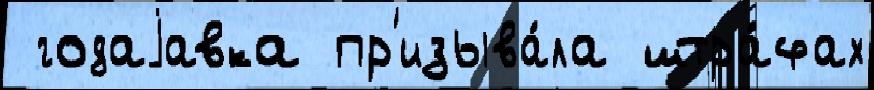
 годаjавка пр'изыва́ла штра́фах